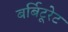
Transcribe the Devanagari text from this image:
बर्बिटूरेट